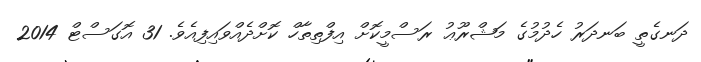
ދަނގެތީ ބަނދަރު ހެދުމުގެ މަޝްރޫޢު ރަސްމީކޮށް އިފްތިތާހް ކޮށްދެއްވައިފިއެވެ. 31 އޮގަސްޓް 2014